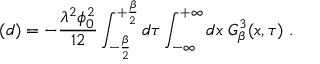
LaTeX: ( d ) = - \frac { \lambda ^ { 2 } \phi _ { 0 } ^ { 2 } } { 1 2 } \int _ { - \frac { \beta } { 2 } } ^ { + \frac { \beta } { 2 } } d \tau \int _ { - \infty } ^ { + \infty } d x \; G _ { \beta } ^ { 3 } ( x , \tau ) \; .